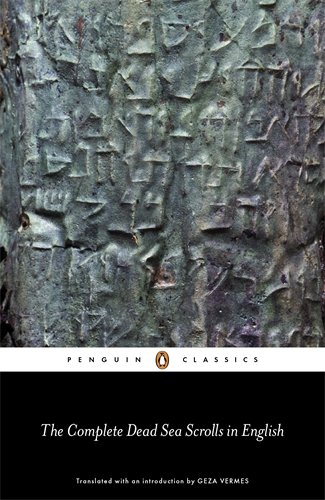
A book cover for The Complete Dead Sea Scrolls in English: Seventh Edition (Penguin Classics); Geza Vermes; History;